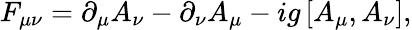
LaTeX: F_{\mu\nu}=\partial_{\mu}A_{\nu}-\partial_{\nu}A_{\mu}-ig\, [A_{\mu},A_{\nu}],